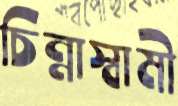
চিন্নাস্বামী